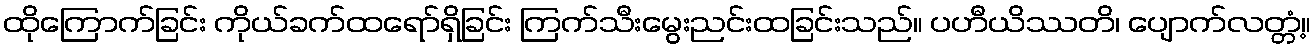
ထိုကြောက်ခြင်း ကိုယ်ခက်ထရော်ရှိခြင်း ကြက်သီးမွေးညင်းထခြင်းသည်။ ပဟီယိဿတိ၊ ပျောက်လတ္တံ့။